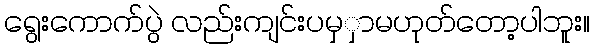
ရွေးကောက်ပွဲ လည်းကျင်းပမှှာမဟုတ်တော့ပါဘူး။